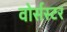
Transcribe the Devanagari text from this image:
वोर्सस्टर